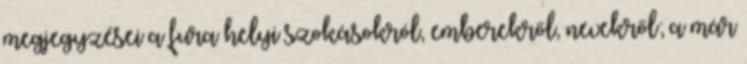
megjegyzései a fura helyi szokásokról, emberekről, nevekről; a már